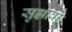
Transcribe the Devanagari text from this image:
सुझावो